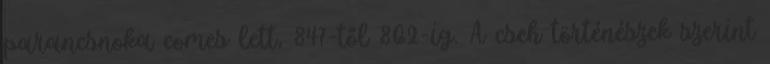
parancsnoka comes lett, 847-től 862-ig. A cseh történészek szerint